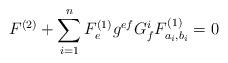
LaTeX: \begin{align*}F^{(2)}+\sum_{i=1}^{n}F_{ e}^{(1)}g^{ef}G_f^iF^{(1)}_{a_i,b_i}=0\end{align*}